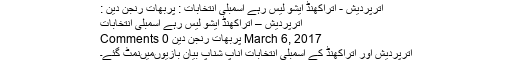
اترپردیش - اتراکھنڈ ایشو لیس رہے اسمبلی انتخابات : پربھات رنجن دین :
اترپردیش – اتراکھنڈ ایشو لیس رہے اسمبلی انتخابات
March 6, 2017 پربھات رنجن دین 0 Comments
اترپردیش اور اتراکھنڈ کے اسمبلی انتخابات اناپ شناپ بیان بازیوںمیںنمٹ گئے۔